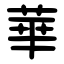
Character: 華